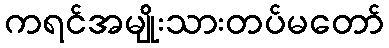
ကရင်အမျိုးသားတပ်မတော်